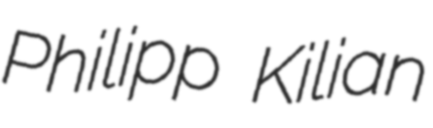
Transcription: Philipp Kilian